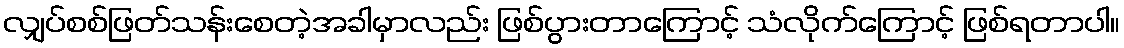
လျှပ်စစ်ဖြတ်သန်းစေတဲ့အခါမှာလည်း ဖြစ်ပွားတာကြောင့် သံလိုက်ကြောင့် ဖြစ်ရတာပါ။